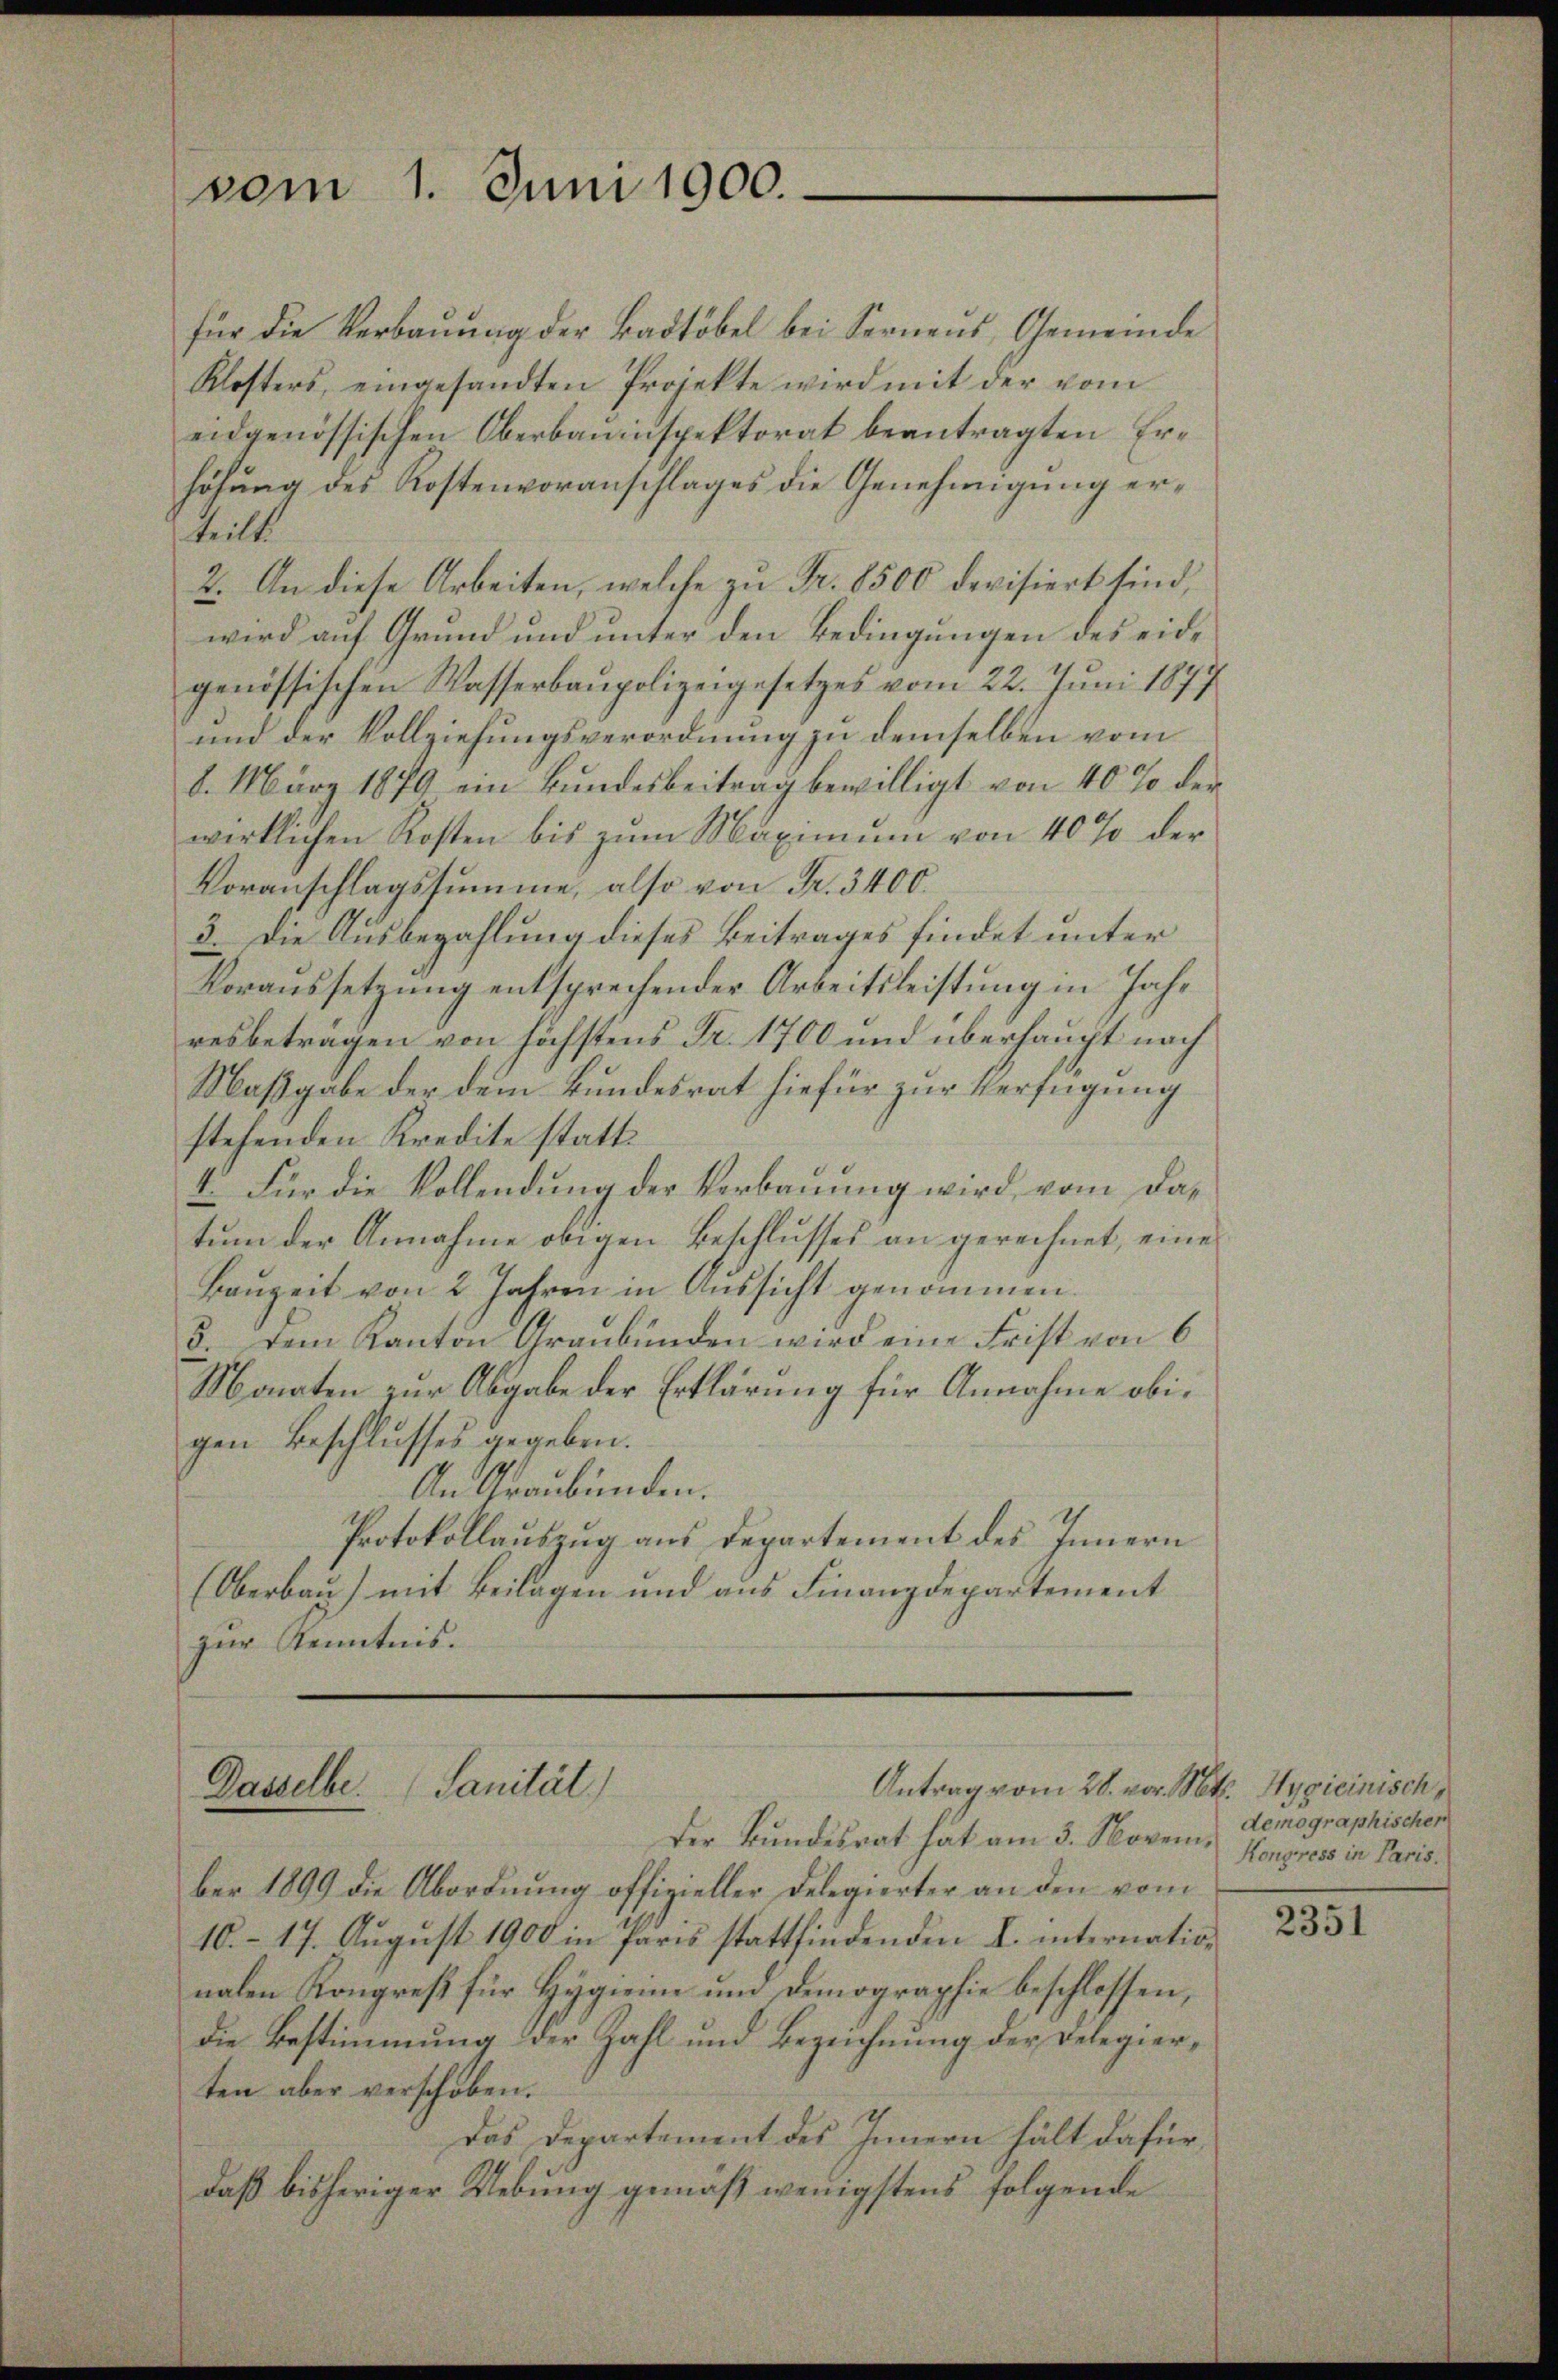
vom 1. Juni 1900.

für die Verbaŭŭng der Badtöbel bei Sernaŭs, Gemeinde
Klosters, eingesandten Projekte wird mit der vom
eidgenössischen Oberbauinspektorat beantragten Erhöhung des Kostenvoranschlages die Genehmigung erteilt.
2. An diese Arbeiten, welche zu Fr. 8500 devisiert sind,
wird auf Grund und unter den Bedingungen des eidgenössischen Wasserbaupolizeigesetzes vom 22. Juni 1877
und der Vollziehungsverordnung zu demselben vom
b. März 1879 ein Bŭndesbeitrag bewilligt von 40% der
wirklichen Kosten bis zum Maximum von 40% der
Voranschlagssumme, also von Fr. 3400.
3. Die Ausbezahlung dieses Beitrages findet unter
Voraussetzung entsprechender Arbeitsleistung in Jahr
resbetragen von höchstens Fr. 1700 und überhaupt nach
Maßgabe der dem Bundesrat hiefür zur Verfügung
stehenden Kredite statt¬
I. Für die Vollendung der Verbauung wird, vom datum der Annahme obigen Beschlusses an gerechnet, eine
Bauzeit von 2 Jahren in Aussicht genommen.
5. Dem Kanton Graubünden wird eine Frist von 6
Monaten zur Abgabe der Erklärung für Annahme obigen Beschlusses gegeben.
An Graubünden.
Protokollauszug aus Departement des Innern
(Oberbau) mit Beilagen und aus Finanzdepartement
zur Kenntnis.

Antrag vom 28. vor. Mt. Hygicinisch,
Dasselbe. Sanität)
Der Bundesrat hat am 3. Novem¬

ber 1899 die Abordnung offizieller Delegierter an den vom
10.– 17. August 1900 in Paris stattfindenden L. internation
nalen Kongreß für Hygien und Demographie beschlossen,
die Bestimmung der Zahl und Bezeichnung der Delegierten aber verschoben.
Das Departement des Innern hält dafür,
daß bisheriger Uebung gemäß wenigstens folgende

demographischer
Kongress in Paris.

2351